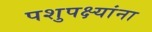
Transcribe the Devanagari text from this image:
पशुपक्ष्यांना